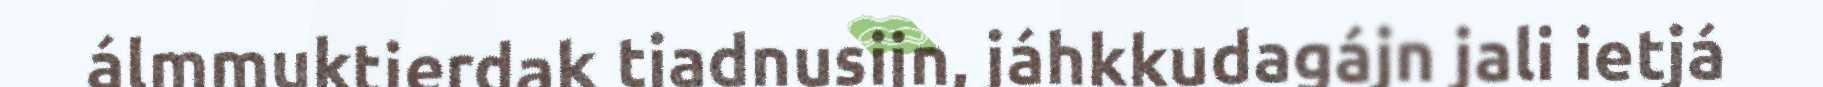
álmmuktjerdak tjadnusijn, jáhkkudagájn jali ietjá